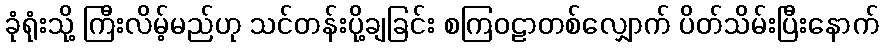
ခုံရုံးသို့ ကြီးလိမ့်မည်ဟု သင်တန်းပို့ချခြင်း စကြဝဠာတစ်လျှောက် ပိတ်သိမ်းပြီးနောက်